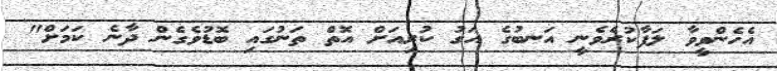
އެހެންވީވާ ލަފާކުރެވެނީ އަނބުގެ އަގު ކުރިއަށް އޮތް ތަނުގައި ބޮޑުވެގެން ދާނެ ކަމަށް"